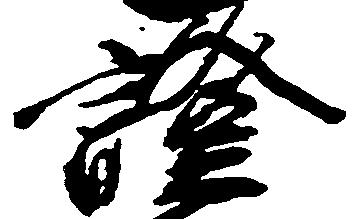
証